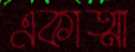
একাত্মা